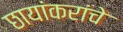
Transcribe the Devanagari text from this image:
छायांकरांचे